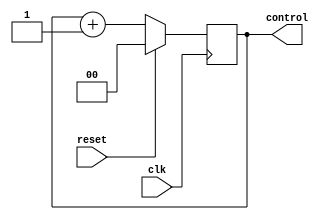
module mux_controller (
	input clk, reset,
	output reg [1:0] control
);

initial control = 0;

always @ ( posedge clk )
begin
	
	if (reset)
		control = 2'b00;
	else
	begin
		control = control + 1;
	end
end

endmodule